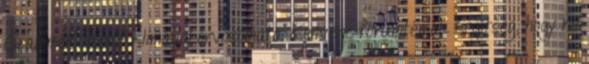
Grammer üléssel klimával orvosolható. Kedvenc fórumtémák Segítség, hogy ne